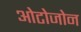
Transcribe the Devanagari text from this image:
ओटोजोन